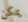
يمكن